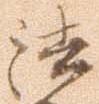
法